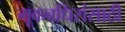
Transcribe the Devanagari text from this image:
मूकबधिरांसाठी